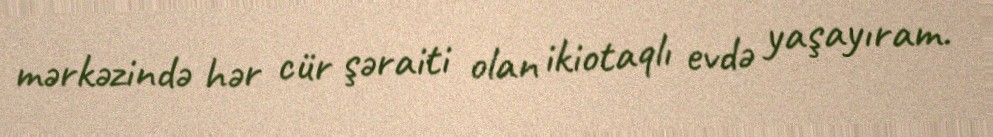
mərkəzində hər cür şəraiti olan ikiotaqlı evdə yaşayıram.